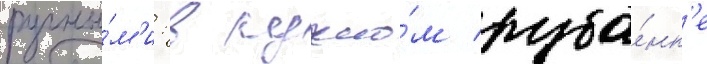
ручны́м'и: в ручно́м руба́нк'е